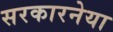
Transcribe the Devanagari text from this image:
सरकारनेया